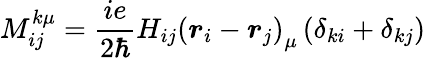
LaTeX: M_{ij}^{k\mu}=\frac{ie}{2\hbar}H_{ij}\left(\boldsymbol{r}_{i}-\boldsymbol{r}_{j}\right)_{\mu}\left(\delta_{ki}+\delta_{kj}\right)